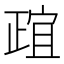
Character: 𬆄